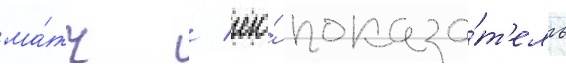
ма́тч / его́ показа́т'ель